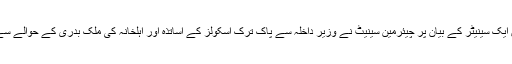
سینیٹ میں اجلاس کے دوران ایک سینیٹر کے بیان پر چیئرمین سینیٹ نے وزیر داخلہ سے پاک ترک اسکولز کے اساتذہ اور اہلخانہ کی ملک بدری کے حوالے سے پالیسی بیان بھی طلب کرلیا۔